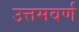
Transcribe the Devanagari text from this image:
उत्तमवर्ण